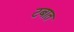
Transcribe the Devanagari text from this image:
टबात